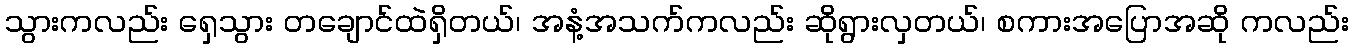
သွားကလည်း ရှေသွား တချောင်ထဲရှိတယ်၊ အနံ့အသက်ကလည်း ဆိုရွားလှတယ်၊ စကားအပြောအဆို ကလည်း